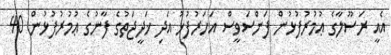
އެއީ ރަސޫލާގެ ޢުމުރުފުޅުން ފަންސަވީސް އަހަރުފުޅު އަދި ޚަދީޖަތުގެ ފާނުގެ ޢުމުރުފުޅުން 40